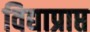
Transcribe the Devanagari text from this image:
विद्याप्राप्त